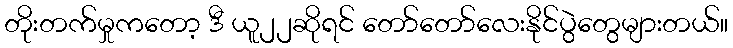
တိုးတက်မှုကတော့ ဒီ ယူ၂၂ဆိုရင် တော်တော်လေးနိုင်ပွဲတွေများတယ်။